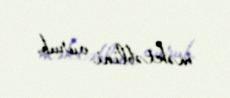
məktəblini vurub.